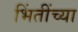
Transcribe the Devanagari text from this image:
भिंतींच्या